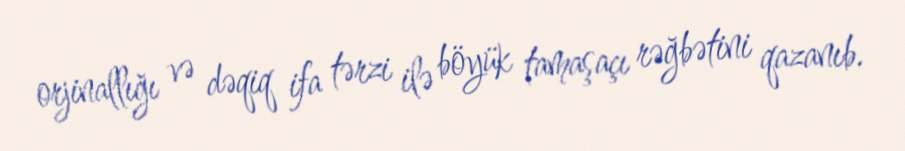
orjinallığı və dəqiq ifa tərzi ilə böyük tamaşaçı rəğbətini qazanıb.